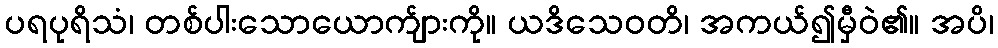
ပရပုရိသံ၊ တစ်ပါးသောယောက်ျားကို။ ယဒိသေဝတိ၊ အကယ်၍မှီဝဲ၏။ အပိ၊